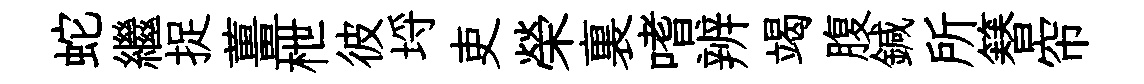
蛇繼捉薑枻彼埓吏榮裏嗜辨竭腹鍼所簮帘